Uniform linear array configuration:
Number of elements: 8
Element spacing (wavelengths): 1
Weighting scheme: binomial
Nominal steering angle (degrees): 0
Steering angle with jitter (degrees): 1.686
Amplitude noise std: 0.05
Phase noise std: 0.05

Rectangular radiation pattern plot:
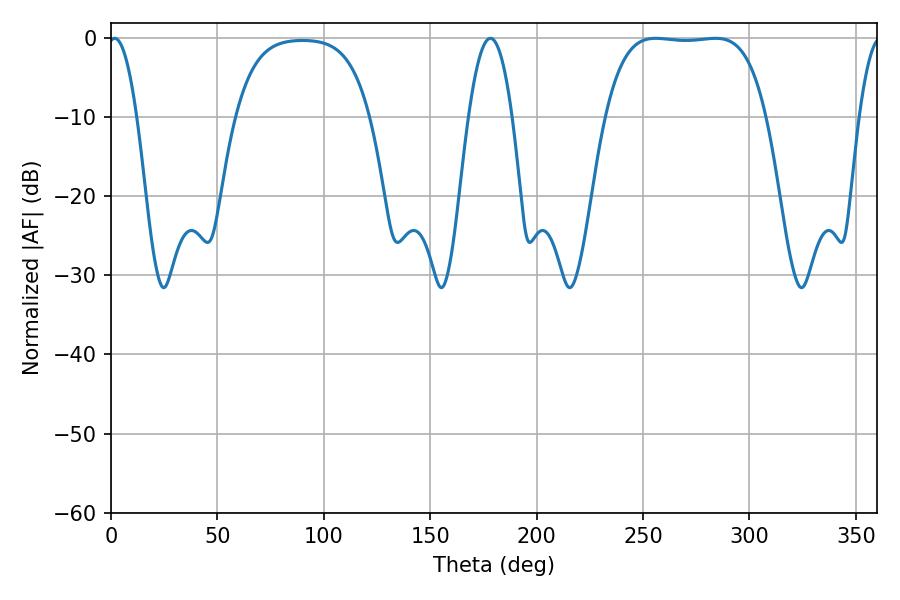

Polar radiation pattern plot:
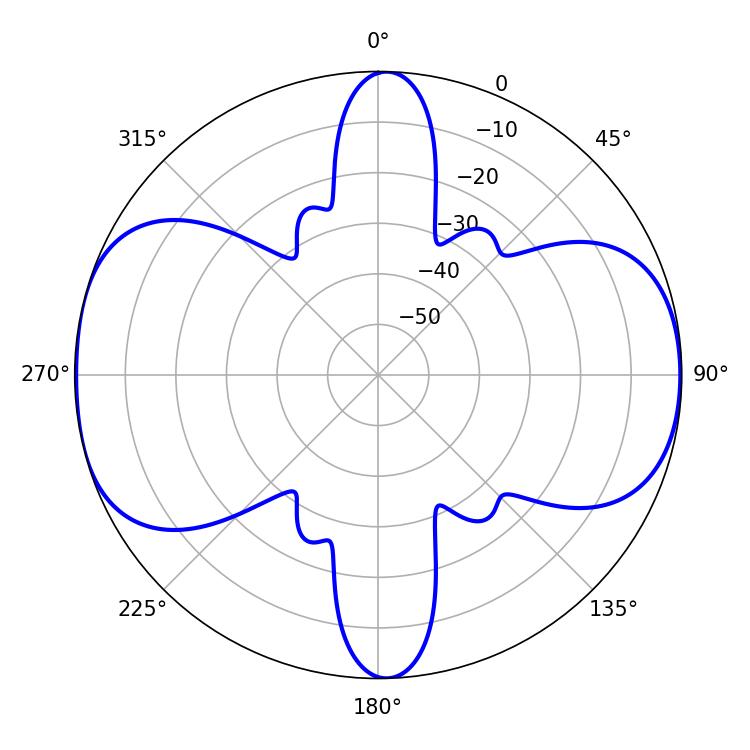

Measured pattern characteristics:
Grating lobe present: TRUE
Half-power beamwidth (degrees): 58.68
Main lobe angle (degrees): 255.96